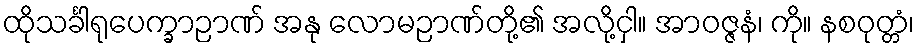
ထိုသင်္ခါရုပေက္ခာဉာဏ် အနု လောမဉာဏ်တို့၏ အလို့ငှါ။ အာဝဇ္ဇနံ၊ ကို။ နစဝုတ္တံ၊